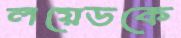
লয়েডকে